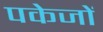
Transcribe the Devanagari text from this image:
पकेजों